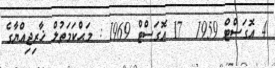
4 އޮގަސްޓް 1959  17 އޮގަސްޓް 1969 : މަޙްކަމަތުލް ޚާރިޖިއްޔާގެ